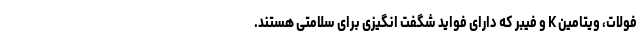
فولات، ویتامین K و فیبر که دارای فواید شگفت انگیزی برای سلامتی هستند.